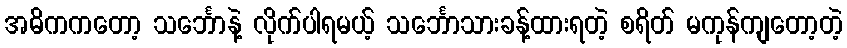
အဓိကကတော့ သင်္ဘောနဲ့ လိုက်ပါရမယ့် သင်္ဘောသားခန့်ထားရတဲ့ စရိတ် မကုန်ကျတော့တဲ့